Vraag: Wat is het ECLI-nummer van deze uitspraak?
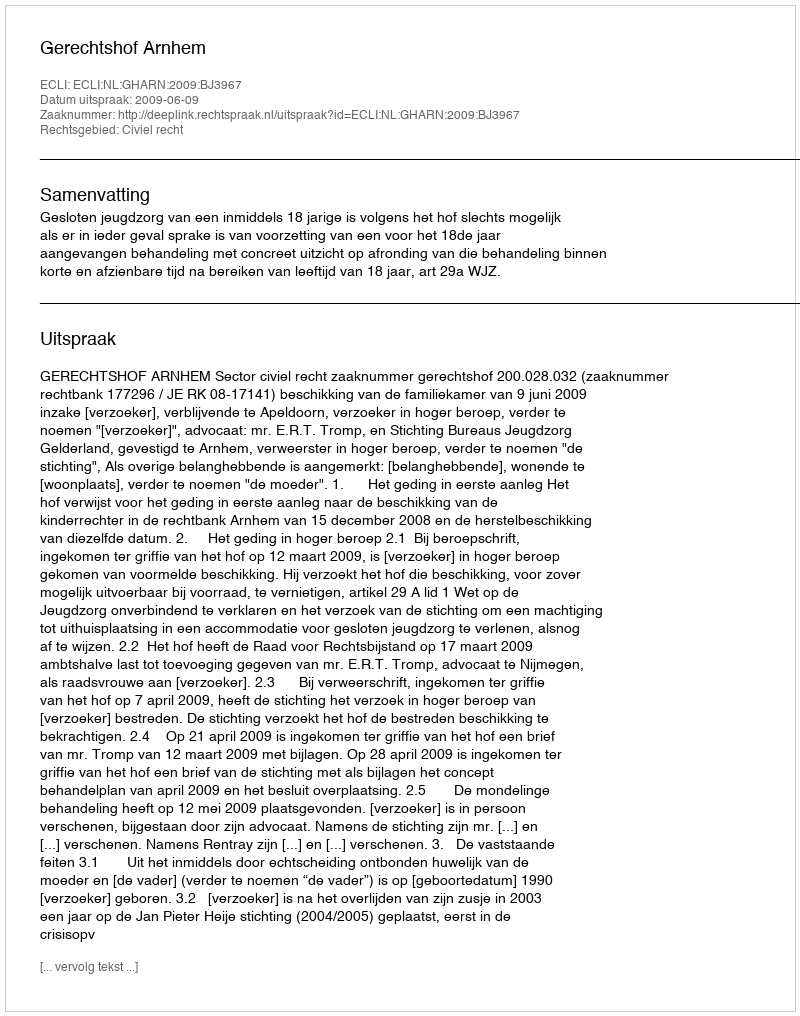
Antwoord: ECLI:NL:GHARN:2009:BJ3967